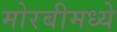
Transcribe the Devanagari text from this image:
मोरबीमध्ये